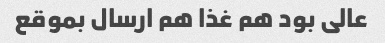
عالی بود هم غذا هم ارسال بموقع